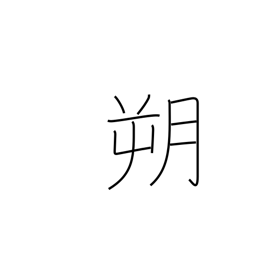
Meaning: north